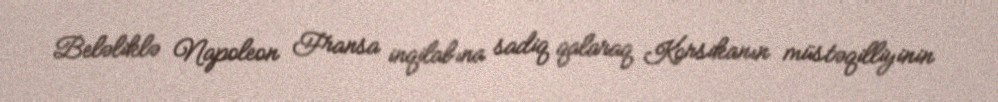
Beləliklə Napoleon Fransa inqilabına sadiq qalaraq Korsikanın müstəqilliyinin